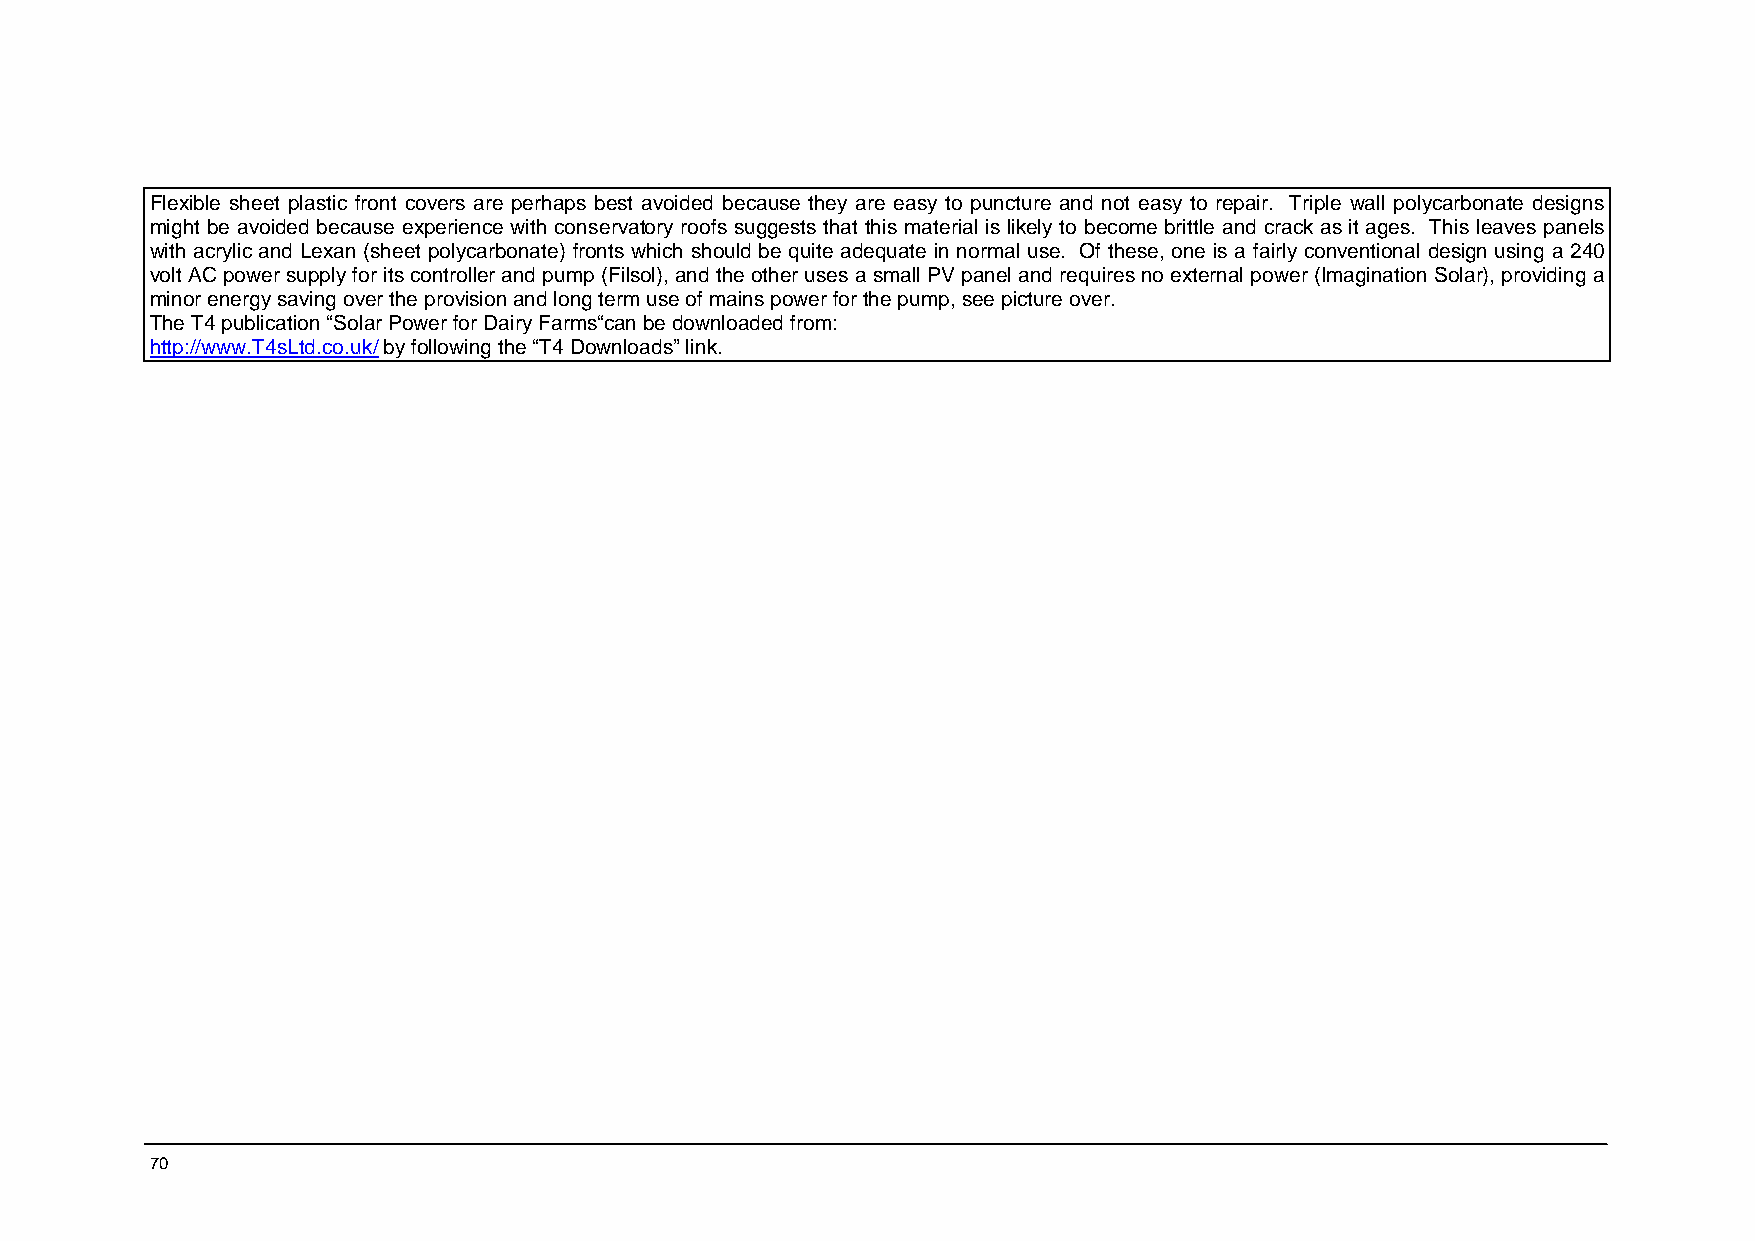
Flexible sheet plastic front covers are perhaps best avoided because they are easy to puncture and not easy to repair. Triple wall polycarbonate designs
 might be avoided because experience with conservatory roofs suggests that this material is likely to become brittle and crack as it ages. This leaves panels
 with acrylic and Lexan (sheet polycarbonate) fronts which should be quite adequate in normal use. Of these, one is a fairly conventional design using a 240
 volt AC power supply for its controller and pump (Filsol), and the other uses a small PV panel and requires no external power (Imagination Solar), providing a
 minor energy saving over the provision and long term use of mains power for the pump, see picture over.
 The T4 publication “Solar Power for Dairy Farms“can be downloaded from:
 http://www.T4sLtd.co.uk/ by following the “T4 Downloads” link.
 70